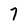
Character: 7